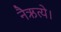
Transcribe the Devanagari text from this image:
नैऋत्ये।